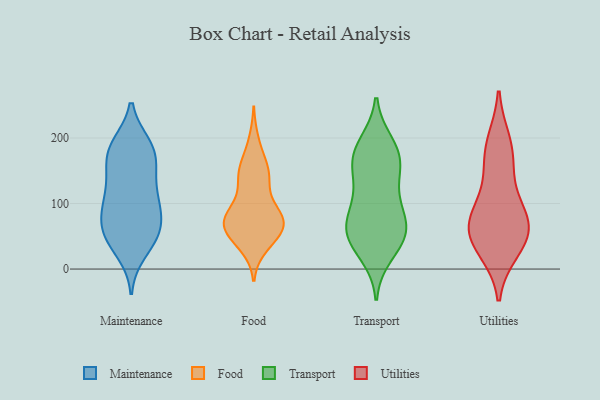
{"axis": {"x": "LTV (USD)", "y": "Value"}, "legend": ["Food", "Maintenance", "Transport", "Utilities"], "data": [{"x": "", "y": 171, "type": "Maintenance"}, {"x": "", "y": 42, "type": "Maintenance"}, {"x": "", "y": 26, "type": "Maintenance"}, {"x": "", "y": 68, "type": "Maintenance"}, {"x": "", "y": 64, "type": "Maintenance"}, {"x": "", "y": 189, "type": "Maintenance"}, {"x": "", "y": 99, "type": "Maintenance"}, {"x": "", "y": 50, "type": "Maintenance"}, {"x": "", "y": 61, "type": "Maintenance"}, {"x": "", "y": 156, "type": "Maintenance"}, {"x": "", "y": 120, "type": "Maintenance"}, {"x": "", "y": 183, "type": "Maintenance"}, {"x": "", "y": 46, "type": "Maintenance"}, {"x": "", "y": 100, "type": "Maintenance"}, {"x": "", "y": 189, "type": "Maintenance"}, {"x": "", "y": 150, "type": "Maintenance"}, {"x": "", "y": 184, "type": "Maintenance"}, {"x": "", "y": 97, "type": "Maintenance"}, {"x": "", "y": 90, "type": "Maintenance"}, {"x": "", "y": 132, "type": "Maintenance"}, {"x": "", "y": 36, "type": "Food"}, {"x": "", "y": 133, "type": "Food"}, {"x": "", "y": 67, "type": "Food"}, {"x": "", "y": 46, "type": "Food"}, {"x": "", "y": 51, "type": "Food"}, {"x": "", "y": 65, "type": "Food"}, {"x": "", "y": 145, "type": "Food"}, {"x": "", "y": 76, "type": "Food"}, {"x": "", "y": 75, "type": "Food"}, {"x": "", "y": 83, "type": "Food"}, {"x": "", "y": 91, "type": "Food"}, {"x": "", "y": 72, "type": "Food"}, {"x": "", "y": 82, "type": "Food"}, {"x": "", "y": 60, "type": "Food"}, {"x": "", "y": 141, "type": "Food"}, {"x": "", "y": 161, "type": "Food"}, {"x": "", "y": 194, "type": "Food"}, {"x": "", "y": 146, "type": "Food"}, {"x": "", "y": 160, "type": "Transport"}, {"x": "", "y": 113, "type": "Transport"}, {"x": "", "y": 57, "type": "Transport"}, {"x": "", "y": 166, "type": "Transport"}, {"x": "", "y": 41, "type": "Transport"}, {"x": "", "y": 186, "type": "Transport"}, {"x": "", "y": 169, "type": "Transport"}, {"x": "", "y": 153, "type": "Transport"}, {"x": "", "y": 191, "type": "Transport"}, {"x": "", "y": 54, "type": "Transport"}, {"x": "", "y": 108, "type": "Transport"}, {"x": "", "y": 23, "type": "Transport"}, {"x": "", "y": 72, "type": "Transport"}, {"x": "", "y": 50, "type": "Transport"}, {"x": "", "y": 86, "type": "Transport"}, {"x": "", "y": 60, "type": "Transport"}, {"x": "", "y": 56, "type": "Utilities"}, {"x": "", "y": 69, "type": "Utilities"}, {"x": "", "y": 58, "type": "Utilities"}, {"x": "", "y": 83, "type": "Utilities"}, {"x": "", "y": 40, "type": "Utilities"}, {"x": "", "y": 179, "type": "Utilities"}, {"x": "", "y": 94, "type": "Utilities"}, {"x": "", "y": 149, "type": "Utilities"}, {"x": "", "y": 193, "type": "Utilities"}, {"x": "", "y": 30, "type": "Utilities"}]}